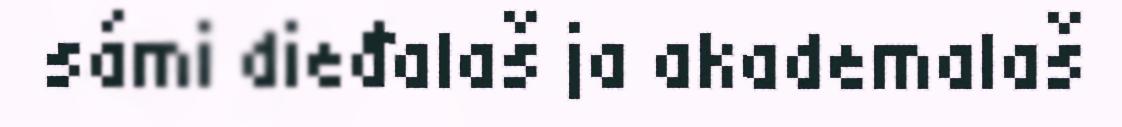
sámi dieđalaš ja akademalaš